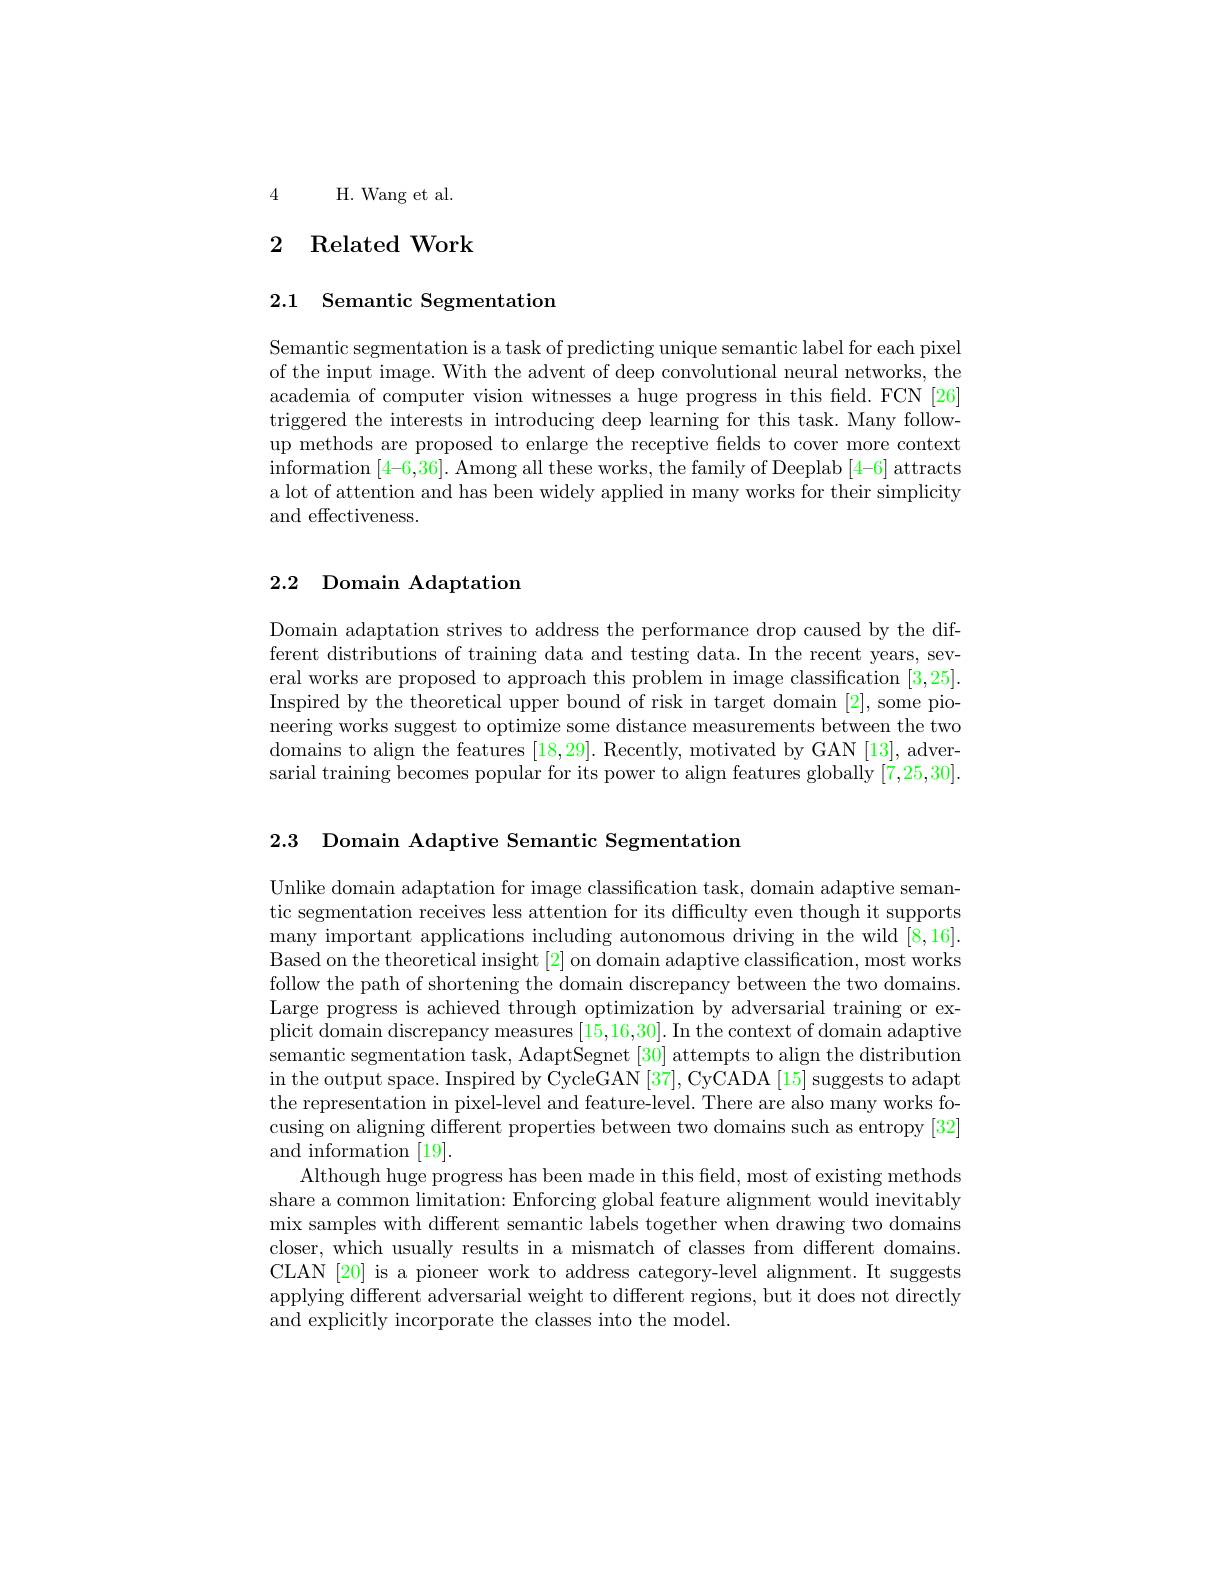
4 H.Wang et al.

# 2 Related Work

2.1 Semantic Segmentation

Semantic segmentation is a task of predicting unique semantic label for each pixel of the input image. With the advent of deep convolutional neural networks, the academia of computer vision witnesses a huge progress in this field. FCN [26] triggered the interests in introducing deep learning for this task. Many followup methods are proposed to enlarge the receptive fields to cover more context information [ 4- 6, 36] . Among all these works, the family of Deeplab [ 4- 6] attracts a lot of attention and has been widely applied in many works for their simplicity and effectiveness.

## 2.2 Domain Adaptation

Domain adaptation strives to address the performance drop caused by the different distributions of training data and testing data. In the recent years, several works are proposed to approach this problem in image classification [3,25]. Inspired by the theoretical upper bound of risk in target domain [2], some pioneering works suggest to optimize some distance measurements between the two domains to align the features [18,29]. Recently, motivated by GAN [13], adversarial training becomes popular for its power to align features globally [7,25,30].

2.3 Domain Adaptive Semantic Segmentatiom

Unlike domain adaptation for image classification task, domain adaptive semantic segmentation receives less attention for its difficulty even though it supports many important applications including autonomous driving in the wild [8,16] Based on the theoretical insight [2] on domain adaptive classification, most works follow the path of shortening the domain discrepancy between the two domains. Large progress is achieved through optimization by adversarial training or explicit domain discrepancy measures [15,16,30]. In the context of domain adaptive semantic segmentation task, AdaptSegnet [30] attempts to align the distribution in the output space. Inspired by CycleGAN [37], CyCADA [15] suggests to adapt the representation in pixel-level and feature-level. There are also many works focusing on aligning different properties between two domains such as entropy [32] and information [19].
Although huge progress has been made in this field, most of existing methods share a common limitation: Enforcing global feature alignment would inevitably mix samples with different semantic labels together when drawing two domains closer, which usually results in a mismatch of classes from different domains. CLAN [20] is a pioneer work to address category-level alignment. It suggests applying different adversarial weight to different regions, but it does not directly and explicitly incorporate the classes into the model.